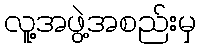
လူ့အဖွဲ့အစည်းမှ